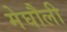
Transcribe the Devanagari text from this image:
मेघौली